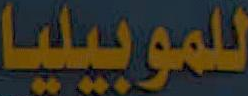
للموبيليا